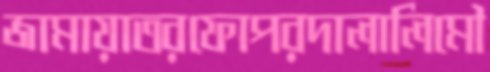
জামায়াতরফোপরদালালিমৌ